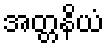
အတ္တနိယံ